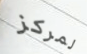
لمركز